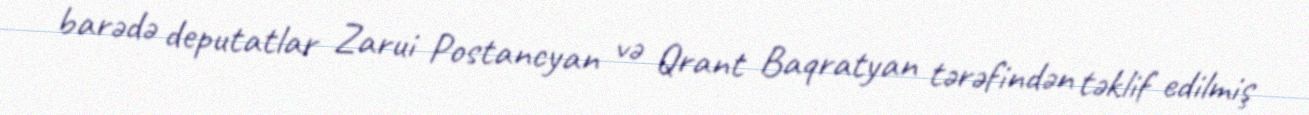
barədə deputatlar Zarui Postancyan və Qrant Baqratyan tərəfindən təklif edilmiş